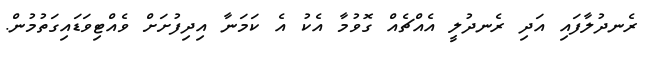
ރެނދުލާފައި އަދި ރެނދުލީ އެއްޗެއް ގޮވުމާ އެކު އެ ކަމަނާ އިދިފުށަށް ވެއްޓިވަޑައިގަތުމުން.